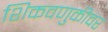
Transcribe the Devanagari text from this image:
शिकवणुकीवर